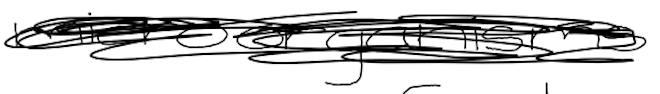
Text: microorganisms
Cross-out: scratch
Writing tool: digital_black